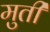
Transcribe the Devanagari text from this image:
मुतीं